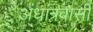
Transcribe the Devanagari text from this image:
अंधांत्रवासी